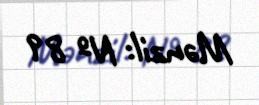
Mənzil: № 89